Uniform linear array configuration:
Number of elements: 32
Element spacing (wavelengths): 0.5
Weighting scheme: hann
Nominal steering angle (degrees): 45
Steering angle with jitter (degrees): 43.843
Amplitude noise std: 0.05
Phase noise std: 0.05

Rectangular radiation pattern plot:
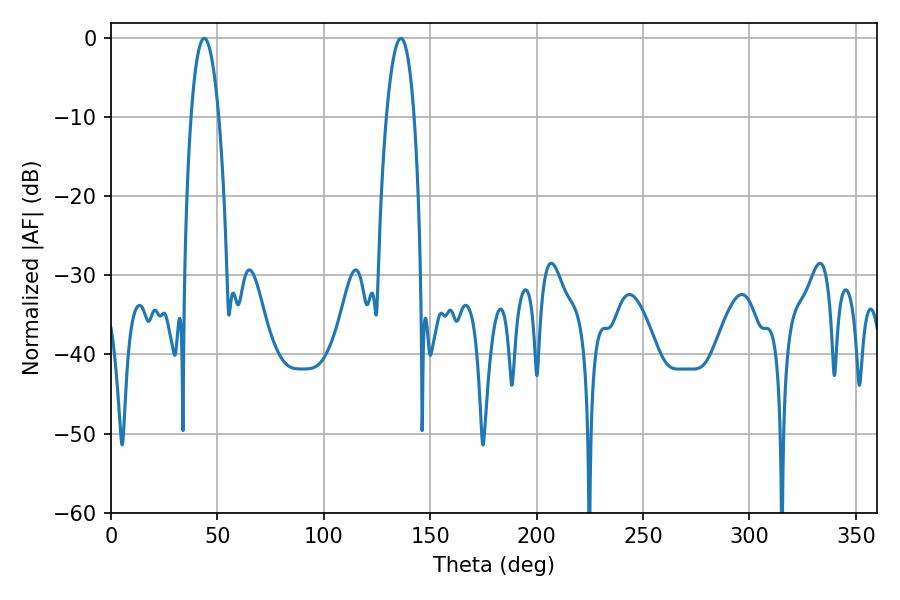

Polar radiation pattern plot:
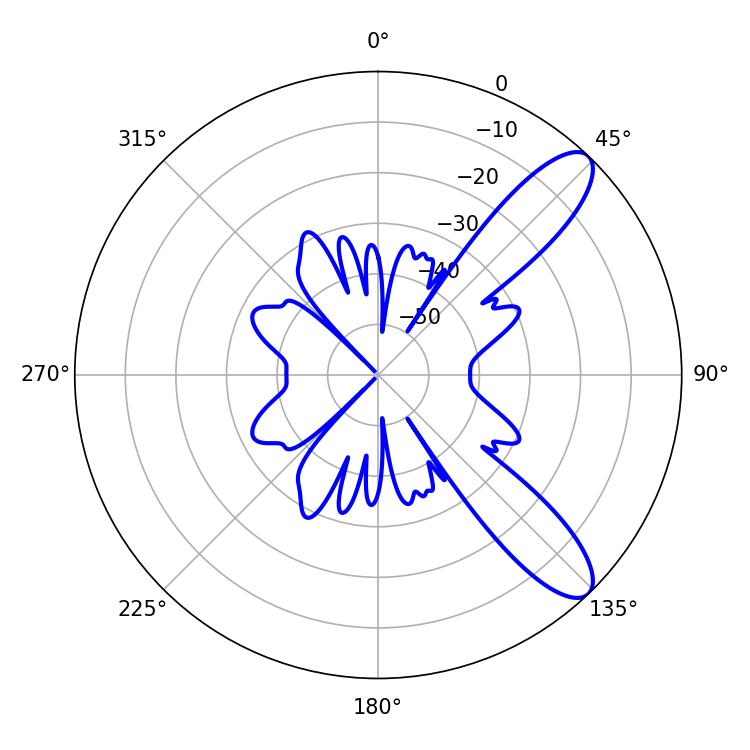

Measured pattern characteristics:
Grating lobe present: FALSE
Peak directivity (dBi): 10.275
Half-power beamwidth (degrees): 7.2
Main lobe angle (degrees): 43.74